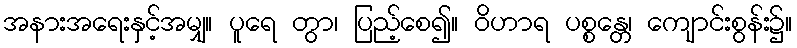
အနားအရေးနှင့်အမျှ။ ပူရေ တွာ၊ ပြည့်စေ၍။ ဝိဟာရ ပစ္စန္တေ၊ ကျောင်းစွန်း၌။